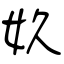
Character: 奺